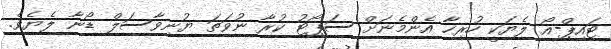
ޓައިޕް-އޯ ލެޔަކީ ހުރިހާ އެންމެނަށް ސަޕޯޓު ކުރާ ނުވަތަ ޔުނިވާސަލް ޑޯނާ ލެޔެވެ.